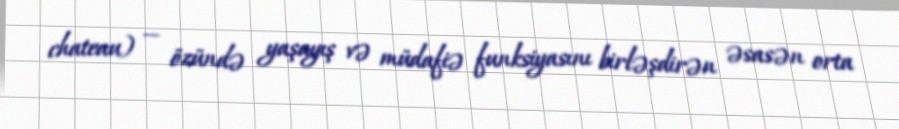
chateau) — özündə yaşayış və müdafiə funksiyasını birləşdirən əsasən orta